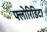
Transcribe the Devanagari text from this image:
फ्लोरिडिटा